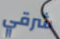
شرقي